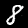
Label: 8